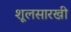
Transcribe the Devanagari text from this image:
शूलसारखी